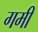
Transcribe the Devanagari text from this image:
गमी